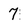
Character: 7